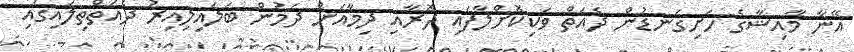
އޭނާ މާއިޝާގެ ހަށިގަނޑުން ދެއަތް ވަކިކޮށްލާފައި ދޮރާއި ދިމާއަށް ދަމުން ބަލައިލިއިރު ދެއަތްތިލައިގައި